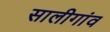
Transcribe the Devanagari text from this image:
सालीगांव